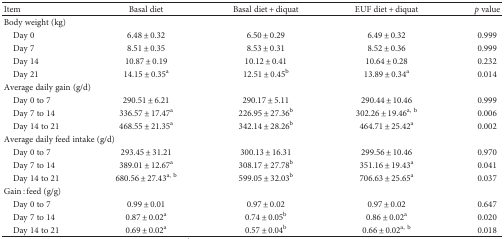
| Item | Basal diet | Basal diet + diquat | EUF diet + diquat | p value |
 | --- | --- | --- | --- | --- |
 | <COLSPAN=5> Body weight (kg) |
 | Day 0 | 6.48 ± 0.32 | 6.50 ± 0.29 | 6.49 ± 0.32 | 0.999 |
 | Day 7 | 8.51 ± 0.35 | 8.53 ± 0.31 | 8.52 ± 0.36 | 0.999 |
 | Day 14 | 10.87 ± 0.19 | 10.12 ± 0.41 | 10.64 ± 0.28 | 0.232 |
 | Day 21 | 14.15 ± 0.35a | 12.51 ± 0.45b | 13.89 ± 0.34a | 0.014 |
 | <COLSPAN=5> Average daily gain (g/d) |
 | Day 0 to 7 | 290.51 ± 6.21 | 290.17 ± 5.11 | 290.44 ± 10.46 | 0.999 |
 | Day 7 to 14 | 336.57 ± 17.47a | 226.95 ± 27.36b | 302.26 ± 19.46a, b | 0.006 |
 | Day 14 to 21 | 468.55 ± 21.35a | 342.14 ± 28.26b | 464.71 ± 25.42a | 0.002 |
 | <COLSPAN=5> Average daily feed intake (g/d) |
 | Day 0 to 7 | 293.45 ± 31.21 | 300.13 ± 16.31 | 299.56 ± 10.46 | 0.970 |
 | Day 7 to 14 | 389.01 ± 12.67a | 308.17 ± 27.78b | 351.16 ± 19.43a | 0.041 |
 | Day 14 to 21 | 680.56 ± 27.43a, b | 599.05 ± 32.03b | 706.63 ± 25.65a | 0.037 |
 | <COLSPAN=5> Gain : feed (g/g) |
 | Day 0 to 7 | 0.99 ± 0.01 | 0.97 ± 0.02 | 0.97 ± 0.02 | 0.647 |
 | Day 7 to 14 | 0.87 ± 0.02a | 0.74 ± 0.05b | 0.86 ± 0.02a | 0.020 |
 | Day 14 to 21 | 0.69 ± 0.02a | 0.57 ± 0.04b | 0.66 ± 0.02a, b | 0.018 |